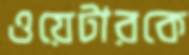
ওয়েটারকে